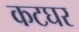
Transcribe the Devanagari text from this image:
कटघर